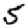
Digit: 5